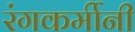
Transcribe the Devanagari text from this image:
रंगकर्मीनी